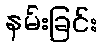
နမ်းခြင်း